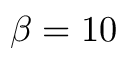
\beta = 1 0